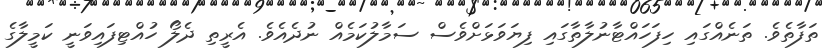
ތަފާތެވެ. ތަނެއްގައި ހިފަހައްޓާނުލާތާގައި ފިޔަވަޅަށްވެސް ސަމާލުކަމެއް ނުދެއެވެ. އެރީތި ދެލޯ ހުއްޓިފައިވަނީ ކަމީލާގެ